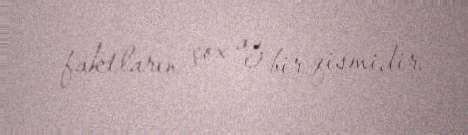
faktların çox az bir qismidir.